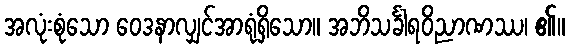
အလုံးစုံသော ဝေဒနာလျှင်အာရုံရှိသော။ အဘိသင်္ခါရဝိညာဏဿ၊ ၏။